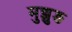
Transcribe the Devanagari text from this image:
मुझुङ